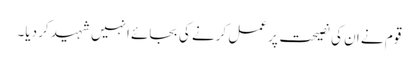
قوم نے ان کی نصیحت پر عمل کرنے کی بجائے انہیں شہید کر دیا۔